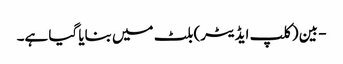
- بین (کلپ ایڈیٹر) بلٹ میں بنایا گیا ہے۔